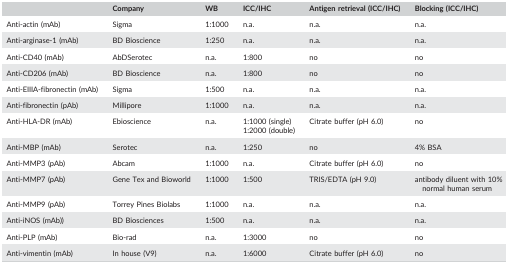
<table><thead><tr><td></td><td><b>Company</b></td><td><b>WB</b></td><td><b>ICC/IHC</b></td><td><b>Antigen retrieval (ICC/IHC)</b></td><td><b>Blocking (ICC/IHC)</b></td></tr></thead><tbody><tr><td>Anti‐actin (mAb)</td><td>Sigma</td><td>1:1000</td><td>n.a.</td><td>n.a.</td><td>n.a.</td></tr><tr><td>Anti‐arginase‐1 (mAb)</td><td>BD Bioscience</td><td>1:250</td><td>n.a.</td><td>n.a.</td><td>n.a.</td></tr><tr><td>Anti‐CD40 (mAb)</td><td>AbDSerotec</td><td>n.a.</td><td>1:800</td><td>no</td><td>no</td></tr><tr><td>Anti‐CD206 (mAb)</td><td>BD Bioscience</td><td>n.a.</td><td>1:800</td><td>no</td><td>no</td></tr><tr><td>Anti‐EIIIA‐fibronectin (mAb)</td><td>Sigma</td><td>1:500</td><td>n.a.</td><td>n.a.</td><td>n.a.</td></tr><tr><td>Anti‐fibronectin (pAb)</td><td>Millipore</td><td>1:1000</td><td>n.a.</td><td>n.a.</td><td>n.a.</td></tr><tr><td>Anti‐HLA‐DR (mAb)</td><td>Ebioscience</td><td>n.a.</td><td>1:1000 (single)1:2000 (double)</td><td>Citrate buffer (pH 6.0)</td><td>no</td></tr><tr><td>Anti‐MBP (mAb)</td><td>Serotec</td><td>n.a.</td><td>1:250</td><td>no</td><td>4% BSA</td></tr><tr><td>Anti‐MMP3 (pAb)</td><td>Abcam</td><td>1:1000</td><td>n.a.</td><td>Citrate buffer (pH 6.0)</td><td>no</td></tr><tr><td>Anti‐MMP7 (pAb)</td><td>Gene Tex and Bioworld</td><td>1:1000</td><td>1:500</td><td>TRIS/EDTA (pH 9.0)</td><td>antibody diluent with 10% normal human serum</td></tr><tr><td>Anti‐MMP9 (pAb)</td><td>Torrey Pines Biolabs</td><td>1:1000</td><td>n.a.</td><td>n.a.</td><td>n.a.</td></tr><tr><td>Anti‐iNOS (mAb))</td><td>BD Biosciences</td><td>1:500</td><td>n.a.</td><td>n.a.</td><td>n.a.</td></tr><tr><td>Anti‐PLP (mAb)</td><td>Bio‐rad</td><td>n.a.</td><td>1:3000</td><td>no</td><td>no</td></tr><tr><td>Anti‐vimentin (mAb)</td><td>In house (V9)</td><td>n.a.</td><td>1:6000</td><td>Citrate buffer (pH 6.0)</td><td>no</td></tr></tbody></table>